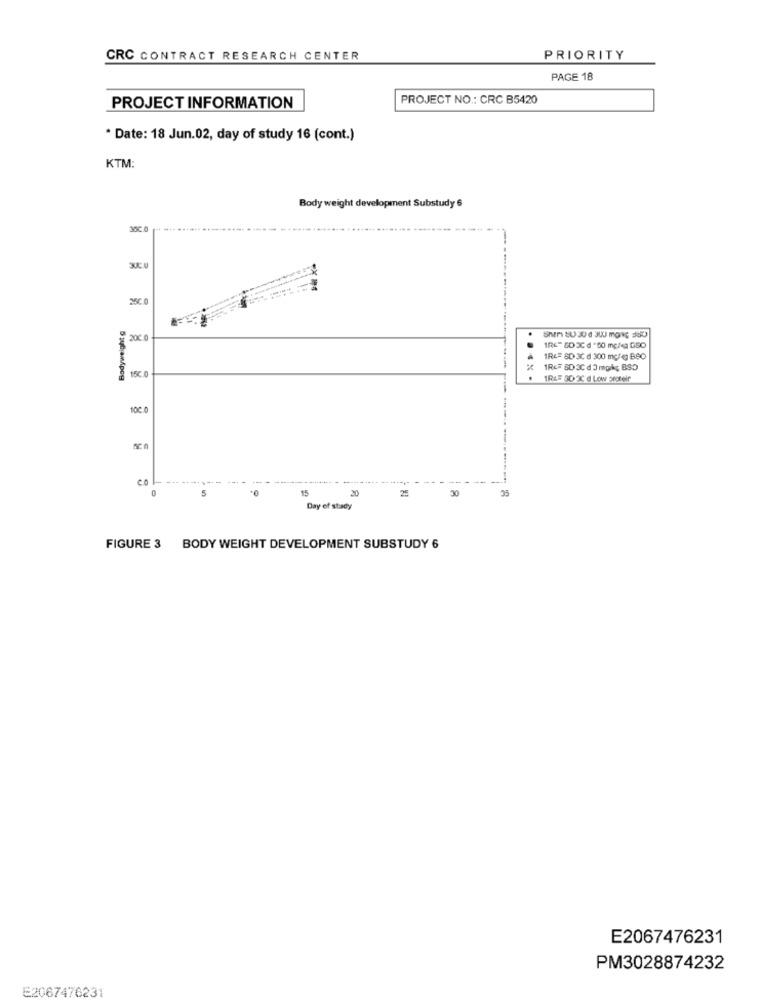
CRC CONTRACT RESEARCH CENTER
PRIORITY
PAGE 18
PROJECT NO .: CRC B5420
PROJECT INFORMATION
* Date: 18 Jun.02, day of study 16 (cont.)
KTM:
Body weight development Substudy 6
250.0
Bodyweight g
200 0
1RE= SD 3C d 300 mg/@ BBO
1R&# SD 3Cd 3 mgk; BSD
15C.0
IRLE SD 3C d Low proteir
100.0
----
co
------
--- ...
5
15
20
25
30
Day of stady
FIGURE 3 BODY WEIGHT DEVELOPMENT SUBSTUDY 6
E2067476231
PM3028874232
E2067476231